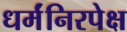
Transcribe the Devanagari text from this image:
धर्मंनिरपेक्ष